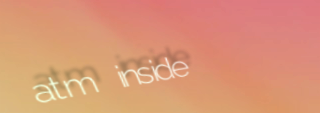
atm inside